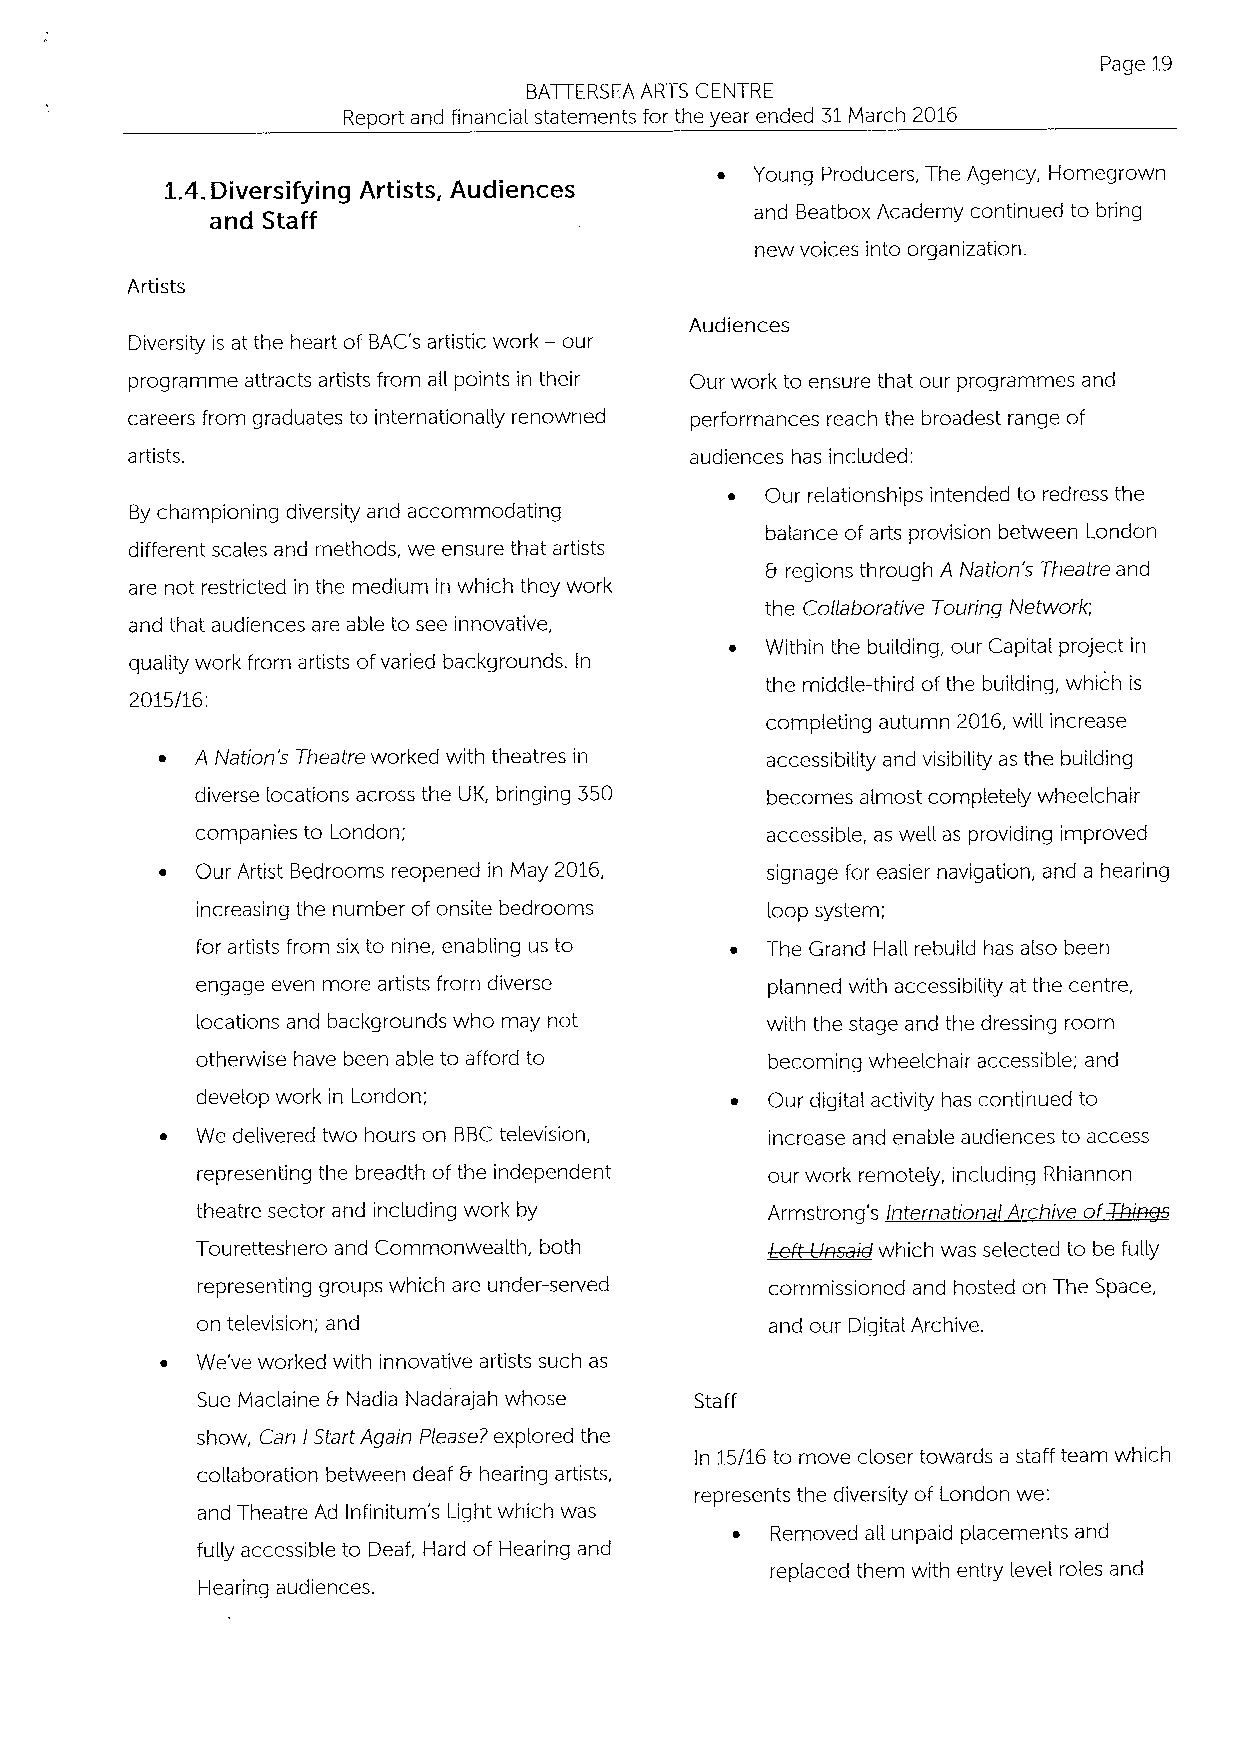
Page 19
 BATTERSEA ARTS CENTRE
 Report and financial statements for the year ended 31March 2016
 ~  Young Producers, The Agency, Homegrown
 1.4. Diversifying Artists, Audiences
 and Staff                           and Beatbox Academy continued to bring
 new voices into organization.
 Artists
 Audiences
 Diversity is at the heart of BAC's artistic work —our
 programme attracts artists from all points in their Our work to ensure that our programmes and
 careers from graduates to internationally renowned performances reach the broadest range of
 artists.                              audiences has included:
 ~  Our relationships intended to redress the
 By championing diversity and accommodating
 balance of arts provision between London
 different scales and methods, we ensure that artists
 b regions through A Nation's Theatre and
 are not restricted in the medium in which they work
 the Collaborative Touring Network;
 and that audiences are able to see innovative,
 ~  Within the building, our Capital project in
 quality work from artists ofvaried backgrounds. In
 the middle-third ofthe building, which is
 2015/16:
 completing autumn 2016,will increase
 ~  A Nation's Theatre worked with theatres in accessibility and visibility as the building
 diverse locations across the UK, bringing 350 becomes almost completely wheelchair
 companies to London;                  accessible, as well as providing improved
 ~  Our Artist Bedrooms reopened in May 2016, signage for easier navigation, and a hearing
 increasing the number of onsite bedrooms loop system;
 for artists from six to nine, enabling us to ~ The Grand Hall rebuild has also been
 engage even more artists from diverse planned with accessibility at the centre,
 locations and backgrounds who may not with the stage and the dressing room
 otherwise have been able to afford to becoming wheelchair accessible; and
 develop work in London;            ~  Our digitalactivity has continued to
 ~ We delivered two hours on BBCtelevision, increase and enable audiences to access
 representing the breadth ofthe independent our work remotely, including Rhiannon
 theatre sector and including work by  Armstrong's International Archive of
 Touretteshero and Commonwealth, both  heft-Vns+4 which was selected to be fully
 representing groups which are under-served commissioned and hosted on The Space,
 on television; and                    and our Digital Archive.
 ~ We've worked with innovative artists such as
 Sue Maclaine b Nadia Nadarajah whose Staff
 show, Can IStart Again Please? explored the
 In 15/16 to move closer towards a staff team which
 collaboration between deaf b hearing artists,
 represents the diversity of London we:
 and Theatre Ad Infinitum's Light which was
 ~  Removed all unpaid placements and
 fully accessible to Deaf, Hard of Hearing and
 replaced them with entry level roles and
 Hearing audiences.